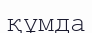
құмда